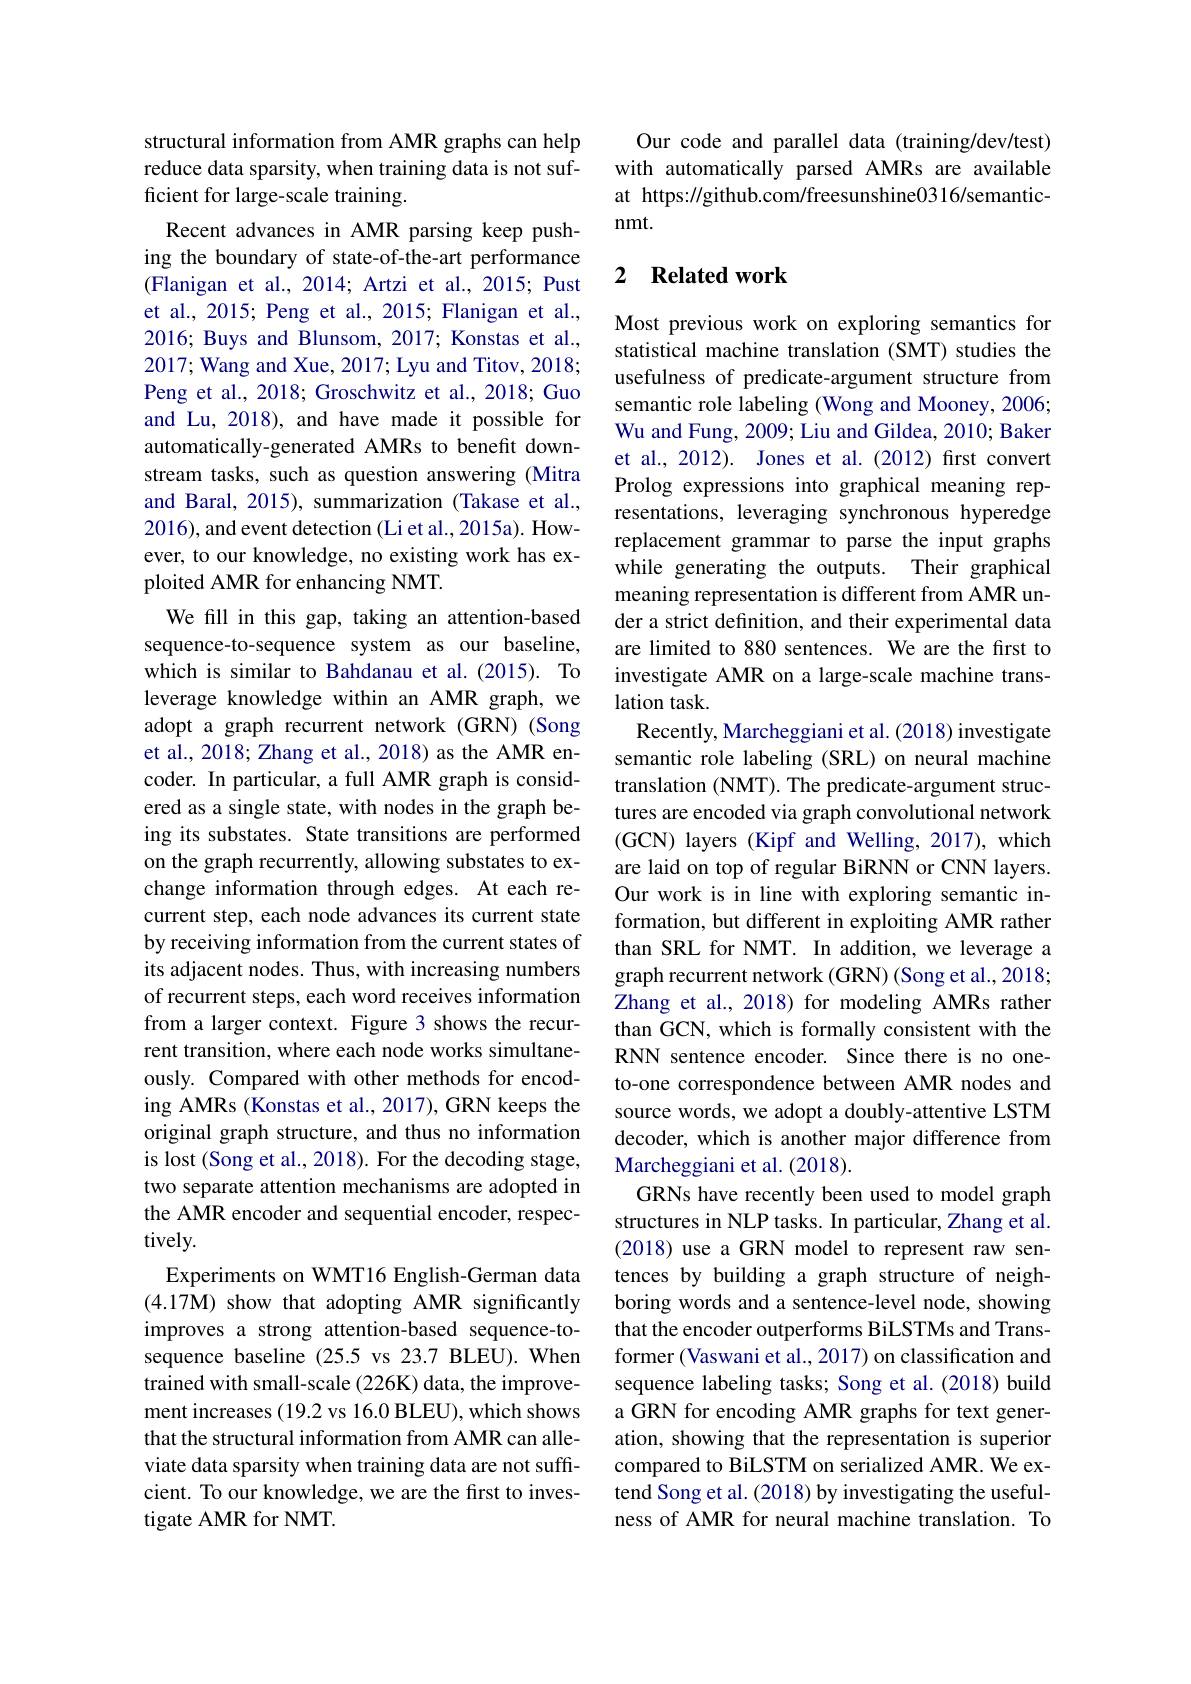
structural information from AMR graphs can help reduce data sparsity, when training data is not sufficient for large-scale training.
Recent advances in AMR parsing keep pushing the boundary of state-of-the-art performance (Flanigan et al., 2014; Artzi et al., 2015; Pust et al., 2015; Peng et al., 2015; Flanigan et al., 2016; Buys and Blunsom, 2017; Konstas et al., 2017; Wang and Xue, 2017; Lyu and Titov, 2018; Peng et al., 2018; Groschwitz et al., 2018; Guo and Lu, 2018), and have made it possible for automatically-generated AMRs to benefit downstream tasks, such as question answering (Mitra and Baral, 2015), summarization (Takase et al., 2016), and event detection (Li et al., 2015a). However, to our knowledge, no existing work has exploited AMR for enhancing NMT.
We fill in this gap, taking an attention-based sequence-to-sequence system as our baseline, which is similar to Bahdanau et al.(2015). To leverage knowledge within an AMR graph, we adopt a graph recurrent network (GRN) (Song et al., 2018; Zhang et al., 2018) as the AMR encoder. In particular, a full AMR graph is considered as a single state, with nodes in the graph being its substates. State transitions are performed on the graph recurrently, allowing substates to exchange information through edges. At each recurrent step, each node advances its current state by receiving information from the current states of its adjacent nodes. Thus, with increasing numbers of recurrent steps, each word receives information from a larger context. Figure 3 shows the recurrent transition, where each node works simultaneously. Compared with other methods for encoding AMRs (Konstas et al., 2017), GRN keeps the original graph structure, and thus no information is lost (Song et al., 2018). For the decoding stage, two separate attention mechanisms are adopted in the AMR encoder and sequential encoder, respectively.
Experiments on WMT16 English-German data (4.17M) show that adopting AMR significantly improves a strong attention-based sequence-tosequence baseline (25.5 vs 23.7 BLEU). When trained with small-scale (226K) data, the improvement increases (19.2 vs 16.0 BLEU), which shows that the structural information from AMR can alleviate data sparsity when training data are not suffcient. To our knowledge, we are the frst to investigate AMR for NMT.

Our code and parallel data (training/dev/test) with automatically parsed AMRs are available at https://github.com/freesunshine0316/semanticnmt.

## 2 Related work

Most previous work on exploring semantics for statistical machine translation (SMT) studies the usefulness of predicate-argument structure from semantic role labeling (Wong and Mooney, 2006; Wu and Fung, 2009; Liu and Gildea, 2010; Baker et al., 2012). Jones et al. (2012) first convert Prolog expressions into graphical meaning representations, leveraging synchronous hyperedge replacement grammar to parse the input graphs while generating the outputs. Their graphical meaning representation is different from AMR under a strict definition, and their experimental data are limited to 880 sentences. We are the first to investigate AMR on a large-scale machine translation task.
Recently, Marcheggiani et al. (2018) investigate semantic role labeling (SRL) on neural machine translation (NMT). The predicate-argument structures are encoded via graph convolutional network (GCN) layers (Kipf and Welling, 2017), which are laid on top of regular BiRNN or CNN layers. Our work is in line with exploring semantic information, but different in exploiting AMR rather than SRL for NMT. In addition, we leverage a graph recurrent network (GRN) (Song et al., 2018; Zhang et al., 2018) for modeling AMRs rather than GCN, which is formally consistent with the RNN sentence encoder. Since there is no oneto-one correspondence between AMR nodes and source words, we adopt a doubly-attentive LSTM decoder, which is another major difference from Marcheggiani et al. (2018).
GRNs have recently been used to model graph structures in NLP tasks. In particular, Zhang et al. (2018) use a GRN model to represent raw sentences by building a graph structure of neighboring words and a sentence-level node, showing that the encoder outperforms BiLSTMs and Transformer (Vaswani et al., 2017) on classification and sequence labeling tasks; Song et al. (2018) build a GRN for encoding AMR graphs for text generation, showing that the representation is superior compared to BiLSTM on serialized AMR. We extend Song et al. (2018) by investigating the usefulness of AMR for neural machine translation. To